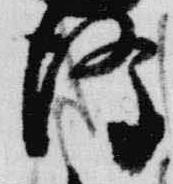
降